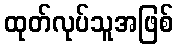
ထုတ်လုပ်သူအဖြစ်